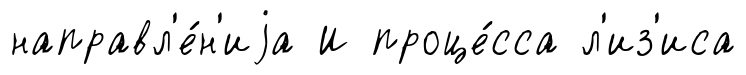
направл'е́н'иjа И проце́сса л'из'иса